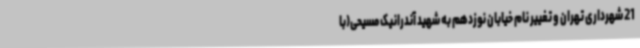
21 شهرداری تهران و تغییر نام خیابان نوزدهم به شهید آندرانیک مسیحی(با